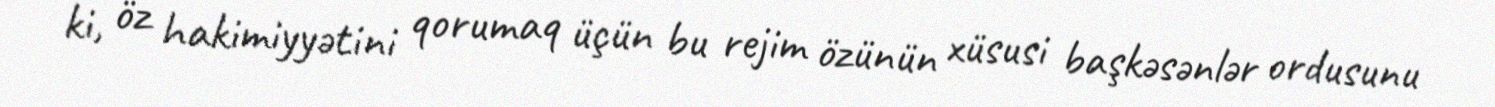
ki, öz hakimiyyətini qorumaq üçün bu rejim özünün xüsusi başkəsənlər ordusunu